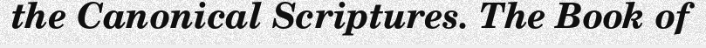
the Canonical Scriptures. The Book of